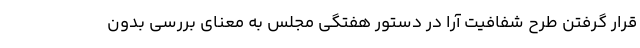
قرار گرفتن طرح شفافیت آرا در دستور هفتگی مجلس به معنای بررسی بدون